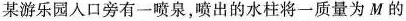
某游乐园人口旁有一喷泉，喷出的水柱将一质量为M的